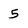
Character: 5